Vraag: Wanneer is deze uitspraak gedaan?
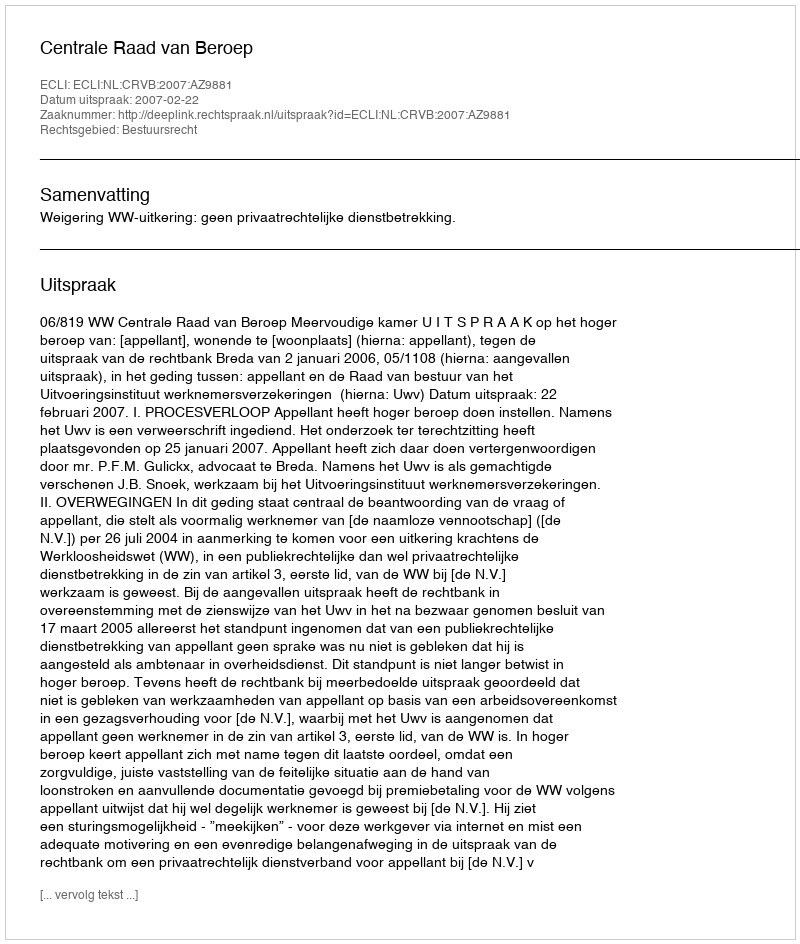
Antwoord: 2007-02-22